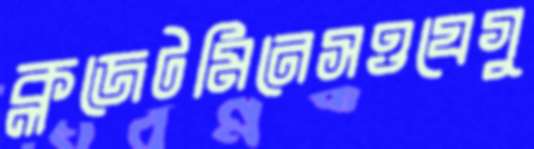
ক্লজেটমিনেসওযেগু